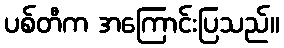
ပစ်တီက အကြောင်းပြသည်။